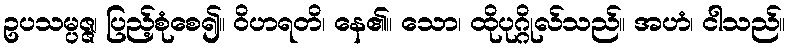
ဥပသမ္ပဇ္ဇ၊ ပြည့်စုံစေ၍။ ဝိဟရတိ၊ နေ၏။ သော၊ ထိုပုဂ္ဂိုလ်သည်။ အဟံ၊ ငါသည်။